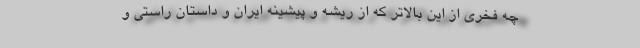
چه فخری از این بالاتر که از ریشه و پیشینه ایران و داستان راستی و